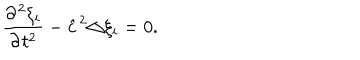
\frac { \partial ^ { 2 } \xi _ { i } } { \partial t ^ { 2 } } - { \hat { c } } ^ { 2 } \triangle \xi _ { i } = 0 .